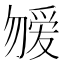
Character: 𱐿